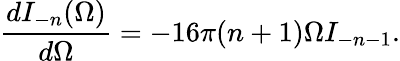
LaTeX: \frac{dI_{-n}(\Omega)}{d\Omega}=-16\pi(n+1)\Omega I_{-n-1}.